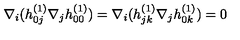
\nabla _ { i } ( h _ { 0 j } ^ { ( 1 ) } \nabla _ { j } h _ { 0 0 } ^ { ( 1 ) } ) = \nabla _ { i } ( h _ { j k } ^ { ( 1 ) } \nabla _ { j } h _ { 0 k } ^ { ( 1 ) } ) = 0